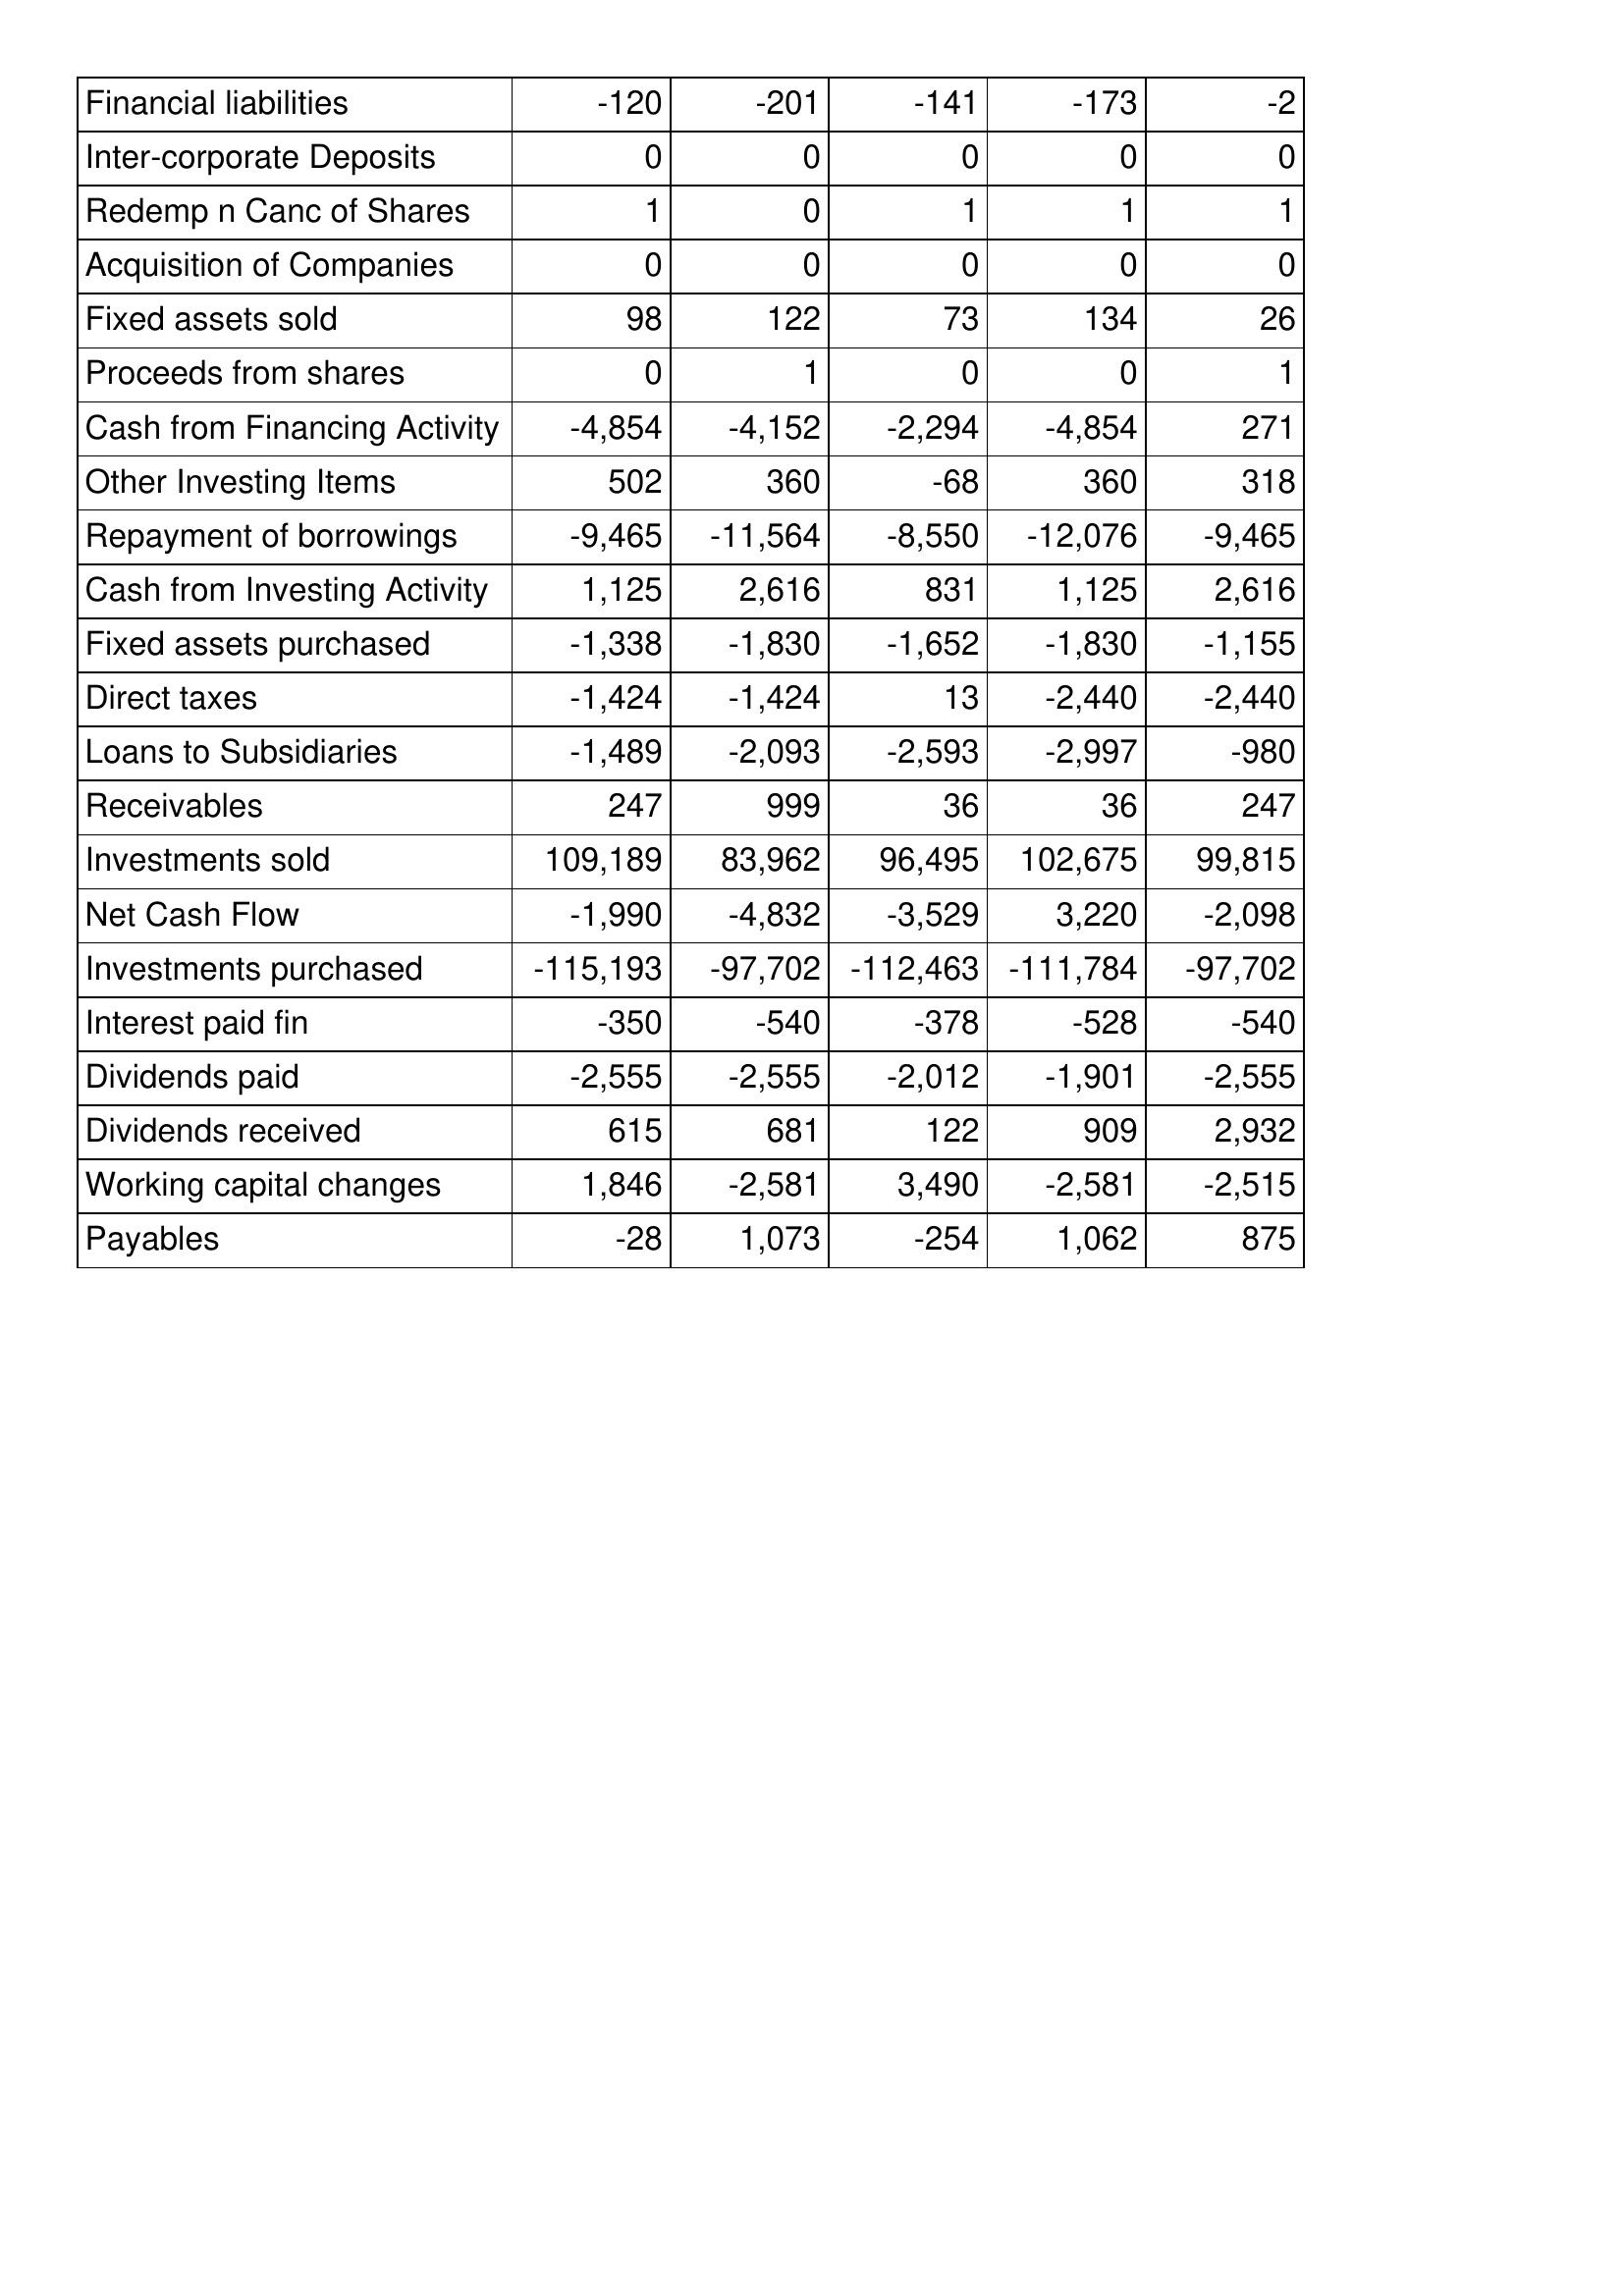
Jul-14: Cash Flows: Financial liabilities: -120
Inter-corporate Deposits: 0
Redemp n Canc of Shares: 1
Acquisition of Companies: 0
Fixed assets sold: 98
Proceeds from shares: 0
Cash from Financing Activity: -4,854
Other Investing Items: 502
Repayment of borrowings: -9,465
Cash from Investing Activity: 1,125
Fixed assets purchased: -1,338
Direct taxes: -1,424
Loans to Subsidiaries: -1,489
Receivables: 247
Investments sold: 109,189
Net Cash Flow: -1,990
Investments purchased: -115,193
Interest paid fin: -350
Dividends paid: -2,555
Dividends received: 615
Working capital changes: 1,846
Payables: -28
Jul-15: Cash Flows: Financial liabilities: -201
Inter-corporate Deposits: 0
Redemp n Canc of Shares: 0
Acquisition of Companies: 0
Fixed assets sold: 122
Proceeds from shares: 1
Cash from Financing Activity: -4,152
Other Investing Items: 360
Repayment of borrowings: -11,564
Cash from Investing Activity: 2,616
Fixed assets purchased: -1,830
Direct taxes: -1,424
Loans to Subsidiaries: -2,093
Receivables: 999
Investments sold: 83,962
Net Cash Flow: -4,832
Investments purchased: -97,702
Interest paid fin: -540
Dividends paid: -2,555
Dividends received: 681
Working capital changes: -2,581
Payables: 1,073
Jul-16: Cash Flows: Financial liabilities: -141
Inter-corporate Deposits: 0
Redemp n Canc of Shares: 1
Acquisition of Companies: 0
Fixed assets sold: 73
Proceeds from shares: 0
Cash from Financing Activity: -2,294
Other Investing Items: -68
Repayment of borrowings: -8,550
Cash from Investing Activity: 831
Fixed assets purchased: -1,652
Direct taxes: 13
Loans to Subsidiaries: -2,593
Receivables: 36
Investments sold: 96,495
Net Cash Flow: -3,529
Investments purchased: -112,463
Interest paid fin: -378
Dividends paid: -2,012
Dividends received: 122
Working capital changes: 3,490
Payables: -254
Jul-17: Cash Flows: Financial liabilities: -173
Inter-corporate Deposits: 0
Redemp n Canc of Shares: 1
Acquisition of Companies: 0
Fixed assets sold: 134
Proceeds from shares: 0
Cash from Financing Activity: -4,854
Other Investing Items: 360
Repayment of borrowings: -12,076
Cash from Investing Activity: 1,125
Fixed assets purchased: -1,830
Direct taxes: -2,440
Loans to Subsidiaries: -2,997
Receivables: 36
Investments sold: 102,675
Net Cash Flow: 3,220
Investments purchased: -111,784
Interest paid fin: -528
Dividends paid: -1,901
Dividends received: 909
Working capital changes: -2,581
Payables: 1,062
Jul-18: Cash Flows: Financial liabilities: -2
Inter-corporate Deposits: 0
Redemp n Canc of Shares: 1
Acquisition of Companies: 0
Fixed assets sold: 26
Proceeds from shares: 1
Cash from Financing Activity: 271
Other Investing Items: 318
Repayment of borrowings: -9,465
Cash from Investing Activity: 2,616
Fixed assets purchased: -1,155
Direct taxes: -2,440
Loans to Subsidiaries: -980
Receivables: 247
Investments sold: 99,815
Net Cash Flow: -2,098
Investments purchased: -97,702
Interest paid fin: -540
Dividends paid: -2,555
Dividends received: 2,932
Working capital changes: -2,515
Payables: 875